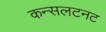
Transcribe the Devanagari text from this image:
कन्सलटनट